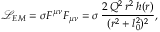
\mathcal { L } _ { E M } = \sigma F ^ { \mu \nu } F _ { \mu \nu } = \sigma \, \frac { 2 \, Q ^ { 2 } \, r ^ { 2 } \, h ( r ) } { ( r ^ { 2 } + l _ { 0 } ^ { 2 } ) ^ { 2 } } ,